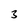
Character: 3